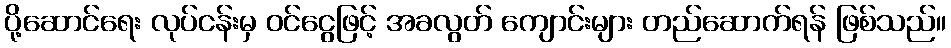
ပို့ဆောင်ရေး လုပ်ငန်းမှ ဝင်ငွေဖြင့် အခလွတ် ကျောင်းများ တည်ဆောက်ရန် ဖြစ်သည်။